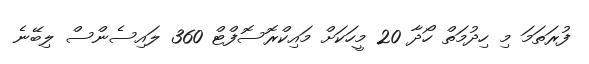
ފުރަތަމަ މި ހިދުމަތް ހޯދާ 20 މީހަކަށް މައިކްރޮސޮފްޓް 360 ލައިސެންސް ލިބޭނެ